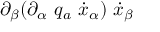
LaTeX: \partial _ { \beta } ( \partial _ { \alpha } \ q _ { a } \ \dot { x } _ { \alpha } ) \ \dot { x } _ { \beta }